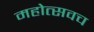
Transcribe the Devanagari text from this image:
महोत्सवच